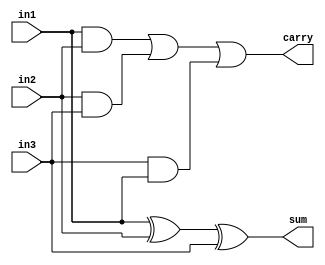
`timescale 1ns / 1ps
//////////////////////////////////////////////////////////////////////////////////

// ID     : N180116
//Branch  : ECE
//Project : RTL design using Verilog
//Design  : overflow in signed numbers
//Module  : Full Adder
//RGUKT NUZVID 
//////////////////////////////////////////////////////////////////////////////////


module FA(in1,in2,in3,sum,carry);
input in1,in2,in3;
output sum,carry;
assign sum = in1^in2^in3;
assign carry = (in1&in2)|(in2&in3)|(in3&in1);
endmodule